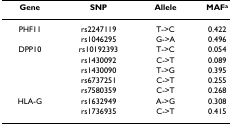
<table><thead><tr><td><b>Gene</b></td><td><b>SNP</b></td><td><b>Allele</b></td><td><b>MAF<sup>a</sup></b></td></tr></thead><tbody><tr><td>PHF11</td><td>rs2247119</td><td>T-&gt;C</td><td>0.422</td></tr><tr><td></td><td>rs1046295</td><td>G-&gt;A</td><td>0.496</td></tr><tr><td>DPP10</td><td>rs10192393</td><td>T-&gt;C</td><td>0.054</td></tr><tr><td></td><td>rs1430092</td><td>C-&gt;T</td><td>0.089</td></tr><tr><td></td><td>rs1430090</td><td>T-&gt;G</td><td>0.395</td></tr><tr><td></td><td>rs6737251</td><td>C-&gt;T</td><td>0.255</td></tr><tr><td></td><td>rs7580359</td><td>C-&gt;T</td><td>0.268</td></tr><tr><td>HLA-G</td><td>rs1632949</td><td>A-&gt;G</td><td>0.308</td></tr><tr><td></td><td>rs1736935</td><td>C-&gt;T</td><td>0.415</td></tr></tbody></table>